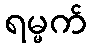
ရမ္မက်